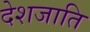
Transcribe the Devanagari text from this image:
देशजाति